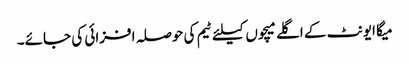
میگا ایونٹ کے اگلے میچوں کیلئے ٹیم کی حوصلہ افزائی کی جائے۔